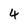
Character: 4